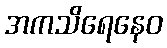
အကသိရေနေဝ